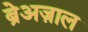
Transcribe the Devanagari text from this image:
ब्रेअज़ाल